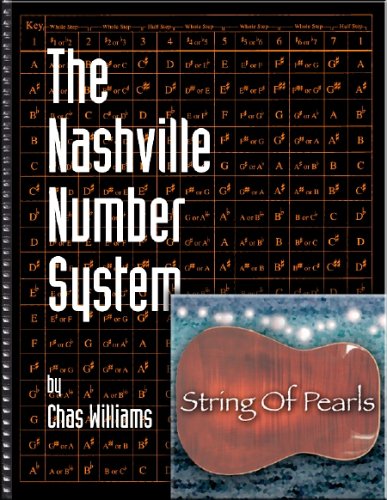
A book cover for The Nashville Number System; Chas Williams; Science & Math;